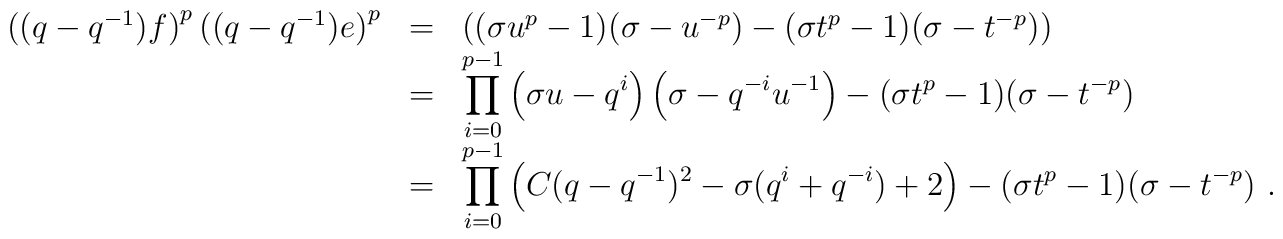
\begin{array}{rcl}\left((q-q^{-1})f\right)^p\left((q-q^{-1})e\right)^p&=&\left((\sigma u^p-1)(\sigma -u^{-p})-(\sigma t^p-1)(\sigma -t^{-p})\right)\\&=&\displaystyle\prod_{i=0}^{p-1}\left(\sigma u-q^i\right)\left(\sigma -q^{-i}u^{-1}\right)-(\sigma t^p-1)(\sigma -t^{-p})\\&=&\displaystyle\prod_{i=0}^{p-1}\left(C(q-q^{-1})^2-\sigma (q^i+q^{-i})+2\right)-(\sigma t^p-1)(\sigma -t^{-p})~.\end{array}